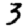
Digit: 3